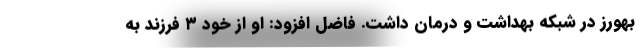
بهورز در شبکه بهداشت و درمان داشت. فاضل افزود: او از خود ۳ فرزند به